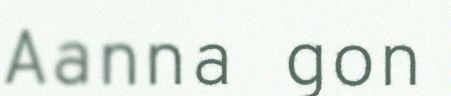
Aanna gon